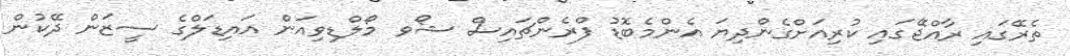
ތެރޭގައި ރާއްޖޭގައި ކުރިއަށްގެންދިޔަ އެންމެބޮޑު ފްރެންޗައިސް ޝޯވ މޯލްޑިވިއަން އައިޑަލްގެ ސީޒަން ދޭކުން